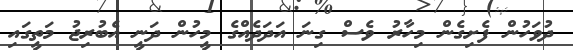
ދުވަހުން ފެށިގެން މިހާރު ވެސް ގިނަ އަދަދެއްގެ މީހުން ދަނީ އެބުރިޖު މަތީގައި